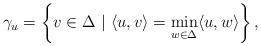
LaTeX: \begin{align*}\gamma_u = \left\{ v \in \Delta \ | \ \langle u , v \rangle = \min_{w \in \Delta } \langle u ,w \rangle \right\}, \end{align*}